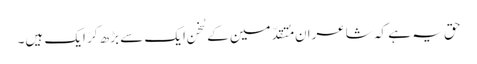
حق یہ ہے کہ شاعرانِ مُتقدّمین کے سُخن ایک سے بڑھ کر ایک ہیں۔